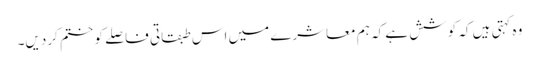
وہ کہتی ہیں کہ کوشش ہے کہ ہم معاشرے میں اس طبقاتی فاصلے کو ختم کردیں۔